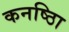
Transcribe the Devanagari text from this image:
कनष्ठाि